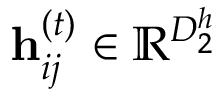
\mathbf { h } _ { i j } ^ { ( t ) } \in \mathbb { R } ^ { D _ { 2 } ^ { h } }